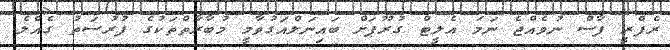
ރެފްރީ ފާސް ނުވެއްޖެ ނަމަ އެލީޓް ގުރޫޕަށް ބައިނަލްއަގުވާމީ މުބާރާތްތަކުގެ ފުރުސަތު ގެއްލެ